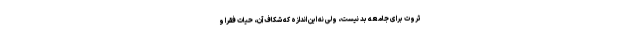
ثروت برای جامعه بد نیست، ولی نه این اندازه که شکاف آن، حیات فقرا و